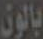
بالون